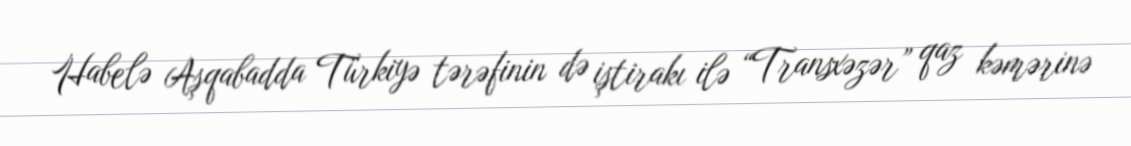
Habelə Aşqabadda Türkiyə tərəfinin də iştirakı ilə “Transxəzər” qaz kəmərinə